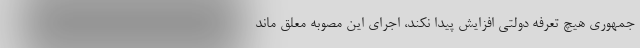
جمهوری هیچ تعرفه دولتی افزایش پیدا نکند، اجرای این مصوبه معلق ماند